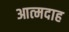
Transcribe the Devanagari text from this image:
आत्‍मदाह